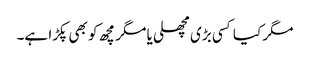
مگر کیا کسی بڑی مچھلی یا مگر مچھ کو بھی پکڑا ہے۔